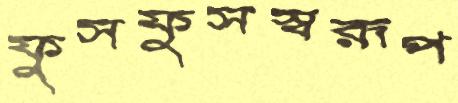
ফুসফুসস্বরূপ